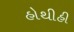
હોથીહી